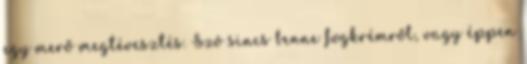
egy merő megtévesztés. Szó sincs benne fogkrémről, vagy éppen